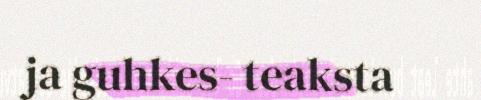
ja guhkes- teaksta